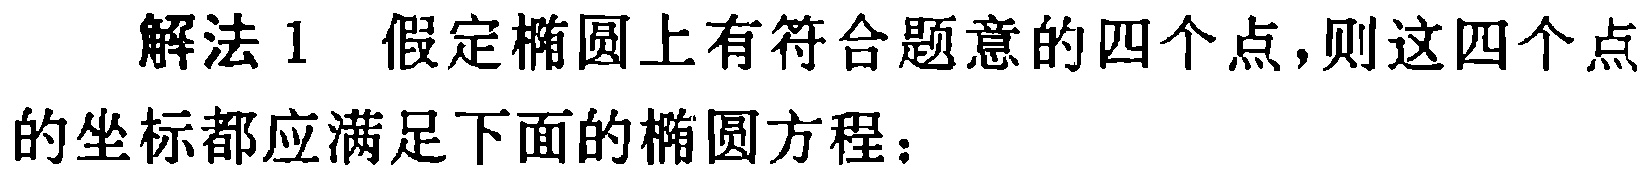
解法 1 假定椭圆上有符合题意的四个点,则这四个点的坐标都应满足下面的椭圆方程：